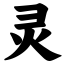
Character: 灵